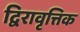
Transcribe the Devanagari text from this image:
द्विरावृत्तिक